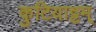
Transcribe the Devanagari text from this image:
कुटियाट्टम्